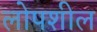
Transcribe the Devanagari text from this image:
लोपशील